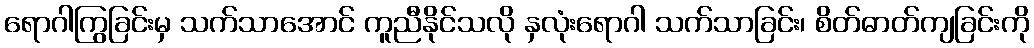
ရောဂါကြွခြင်းမှ သက်သာအောင် ကူညီနိုင်သလို နှလုံးရောဂါ သက်သာခြင်း၊ စိတ်ဓာတ်ကျခြင်းကို